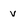
Character: v